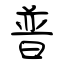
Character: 普